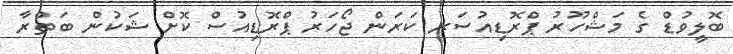
ބޮލީވުޑް ގެ މަޝްހޫރު ޕްރޮޑިއުސަރ ކަރަން ޖޯހަރު ޕްރޮޑިއުސް ކޮށް ޝަކުން ބަތްރާ